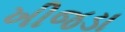
ખીજડા